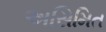
અસિમિત